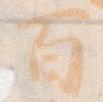
百